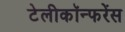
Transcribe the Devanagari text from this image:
टेलीकॉन्फरेंस